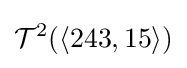
{\mathcal {T}}^{2}(\langle 243,15\rangle )